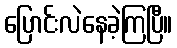
ပြောင်းလဲနေခဲ့ကြပြီ။